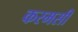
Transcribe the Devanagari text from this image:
करमसी